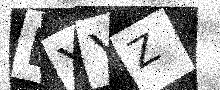
Text: EYYZ